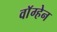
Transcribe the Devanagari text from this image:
वाॅग्हेन